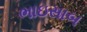
ભાઇસાબ